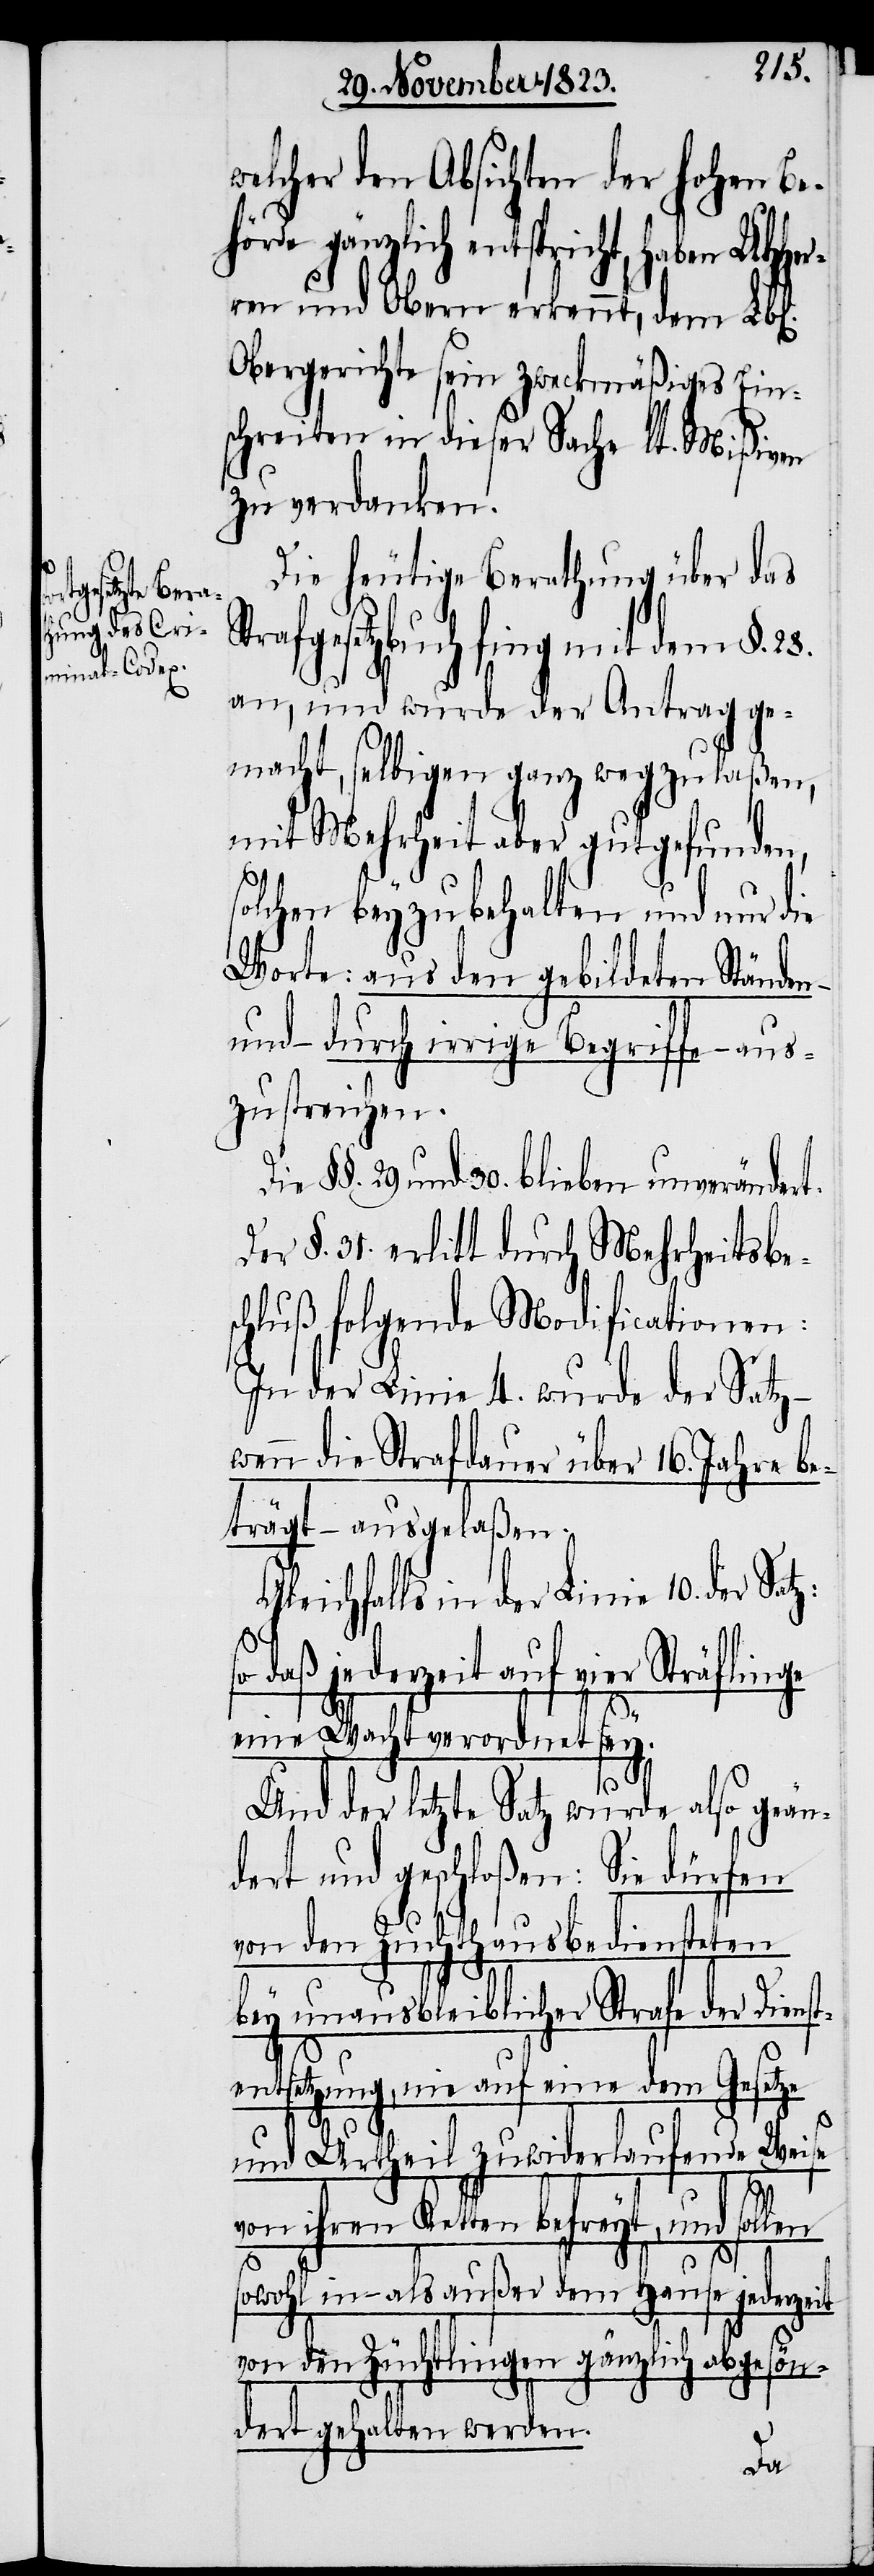
l[ichen].

welcher den Absichten der hohen Be¬
so daß jederzeit auf vier
ren und Obern erkennt, dem Lb¬
Obergerichte sein zweckmäßiges Ein¬
schreiten in dieser Sache lt. Mißiven
zu verdanken.
Die heutige Berathung über das
trafgesetzbuch fing mit dem §. 28.
an, und wurde der Antrag ge¬
macht, selbigen ganz wegzulaßen,
mit Mehrheit aber gutgefunden,
olchen beyzubehalten und nur die
Worte: aus den gebildeten Ständen
und – durch irrige Begriffe – aus¬
zustreichen.
§§. 29. und 30. blieben unverändert.
Der §. 31. erlitt durch Mehrheitsbes¬
chluß folgende Modificationen:
In der Linie 4. wurde der Satz
wenn die Strafdauer über 16. Jahre be¬
trägt – ausgelaßen.
Gleichfalls in der Linie
eine Wacht verordnet sey.
it
Und der letzte Satz wurde also geän¬
dert und geschloßen: Sie dürfen
von dem Zuchthausbediensteten
bey unausbleiblicher Strafe der Diens¬
10.
tentsetzung, nie auf eine dem Gesetze
und Urtheil zuwiderlaufende Weise
ihren Ketten befreyt, und
sowohl in- als außer dem Hause jederze¬
von den Züchtlingen gänzlich abgesön¬
dert gehalten werden.